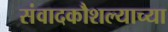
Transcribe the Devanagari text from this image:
संवादकौशल्याच्या